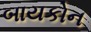
બાયકોન